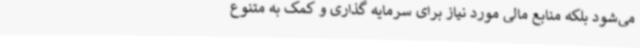
می‌شود بلکه منابع مالی مورد نیاز برای سرمایه گذاری و کمک به متنوع